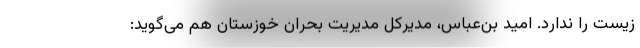
زیست را ندارد. امید بن‌عباس، مدیرکل مدیریت بحران خوزستان هم می‌گوید: